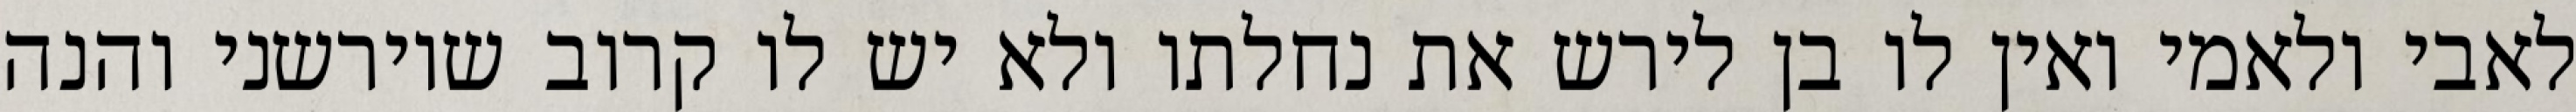
לאבי ולאמי ואין לו בן לירש את נחלתו ולא יש לו קרוב שיורשני והנה